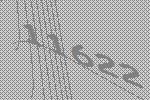
11622